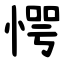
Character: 愕